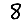
Digit: 8